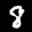
Label: 8